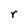
Character: r